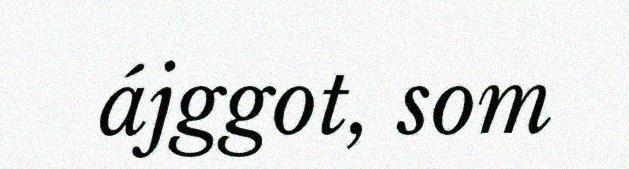
ájggot, som